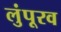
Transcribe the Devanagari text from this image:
लुंपूरव